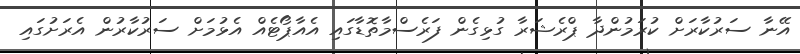
އޭނާ ސަރުކާރަށް ކުރަމުންދާ ޕްރެޝަރާ ގުޅިގެން ފަރެސްމާތޮޑާގައި އެއާޕޯޓެއް އެޅުމަށް ސަރުކާރުން އެރަށުގައި